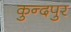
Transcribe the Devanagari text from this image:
कुन्दपुर